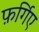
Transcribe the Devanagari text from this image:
फ़र्गिए